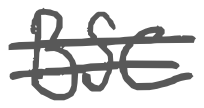
Text: BSC
Cross-out: double-line
Writing tool: digital_gray